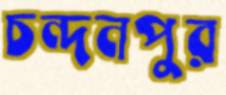
চন্দনপুর